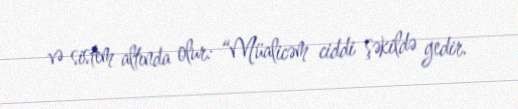
və sistem altında olur: “Müalicəm ciddi şəkildə gedir.